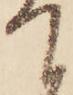
て